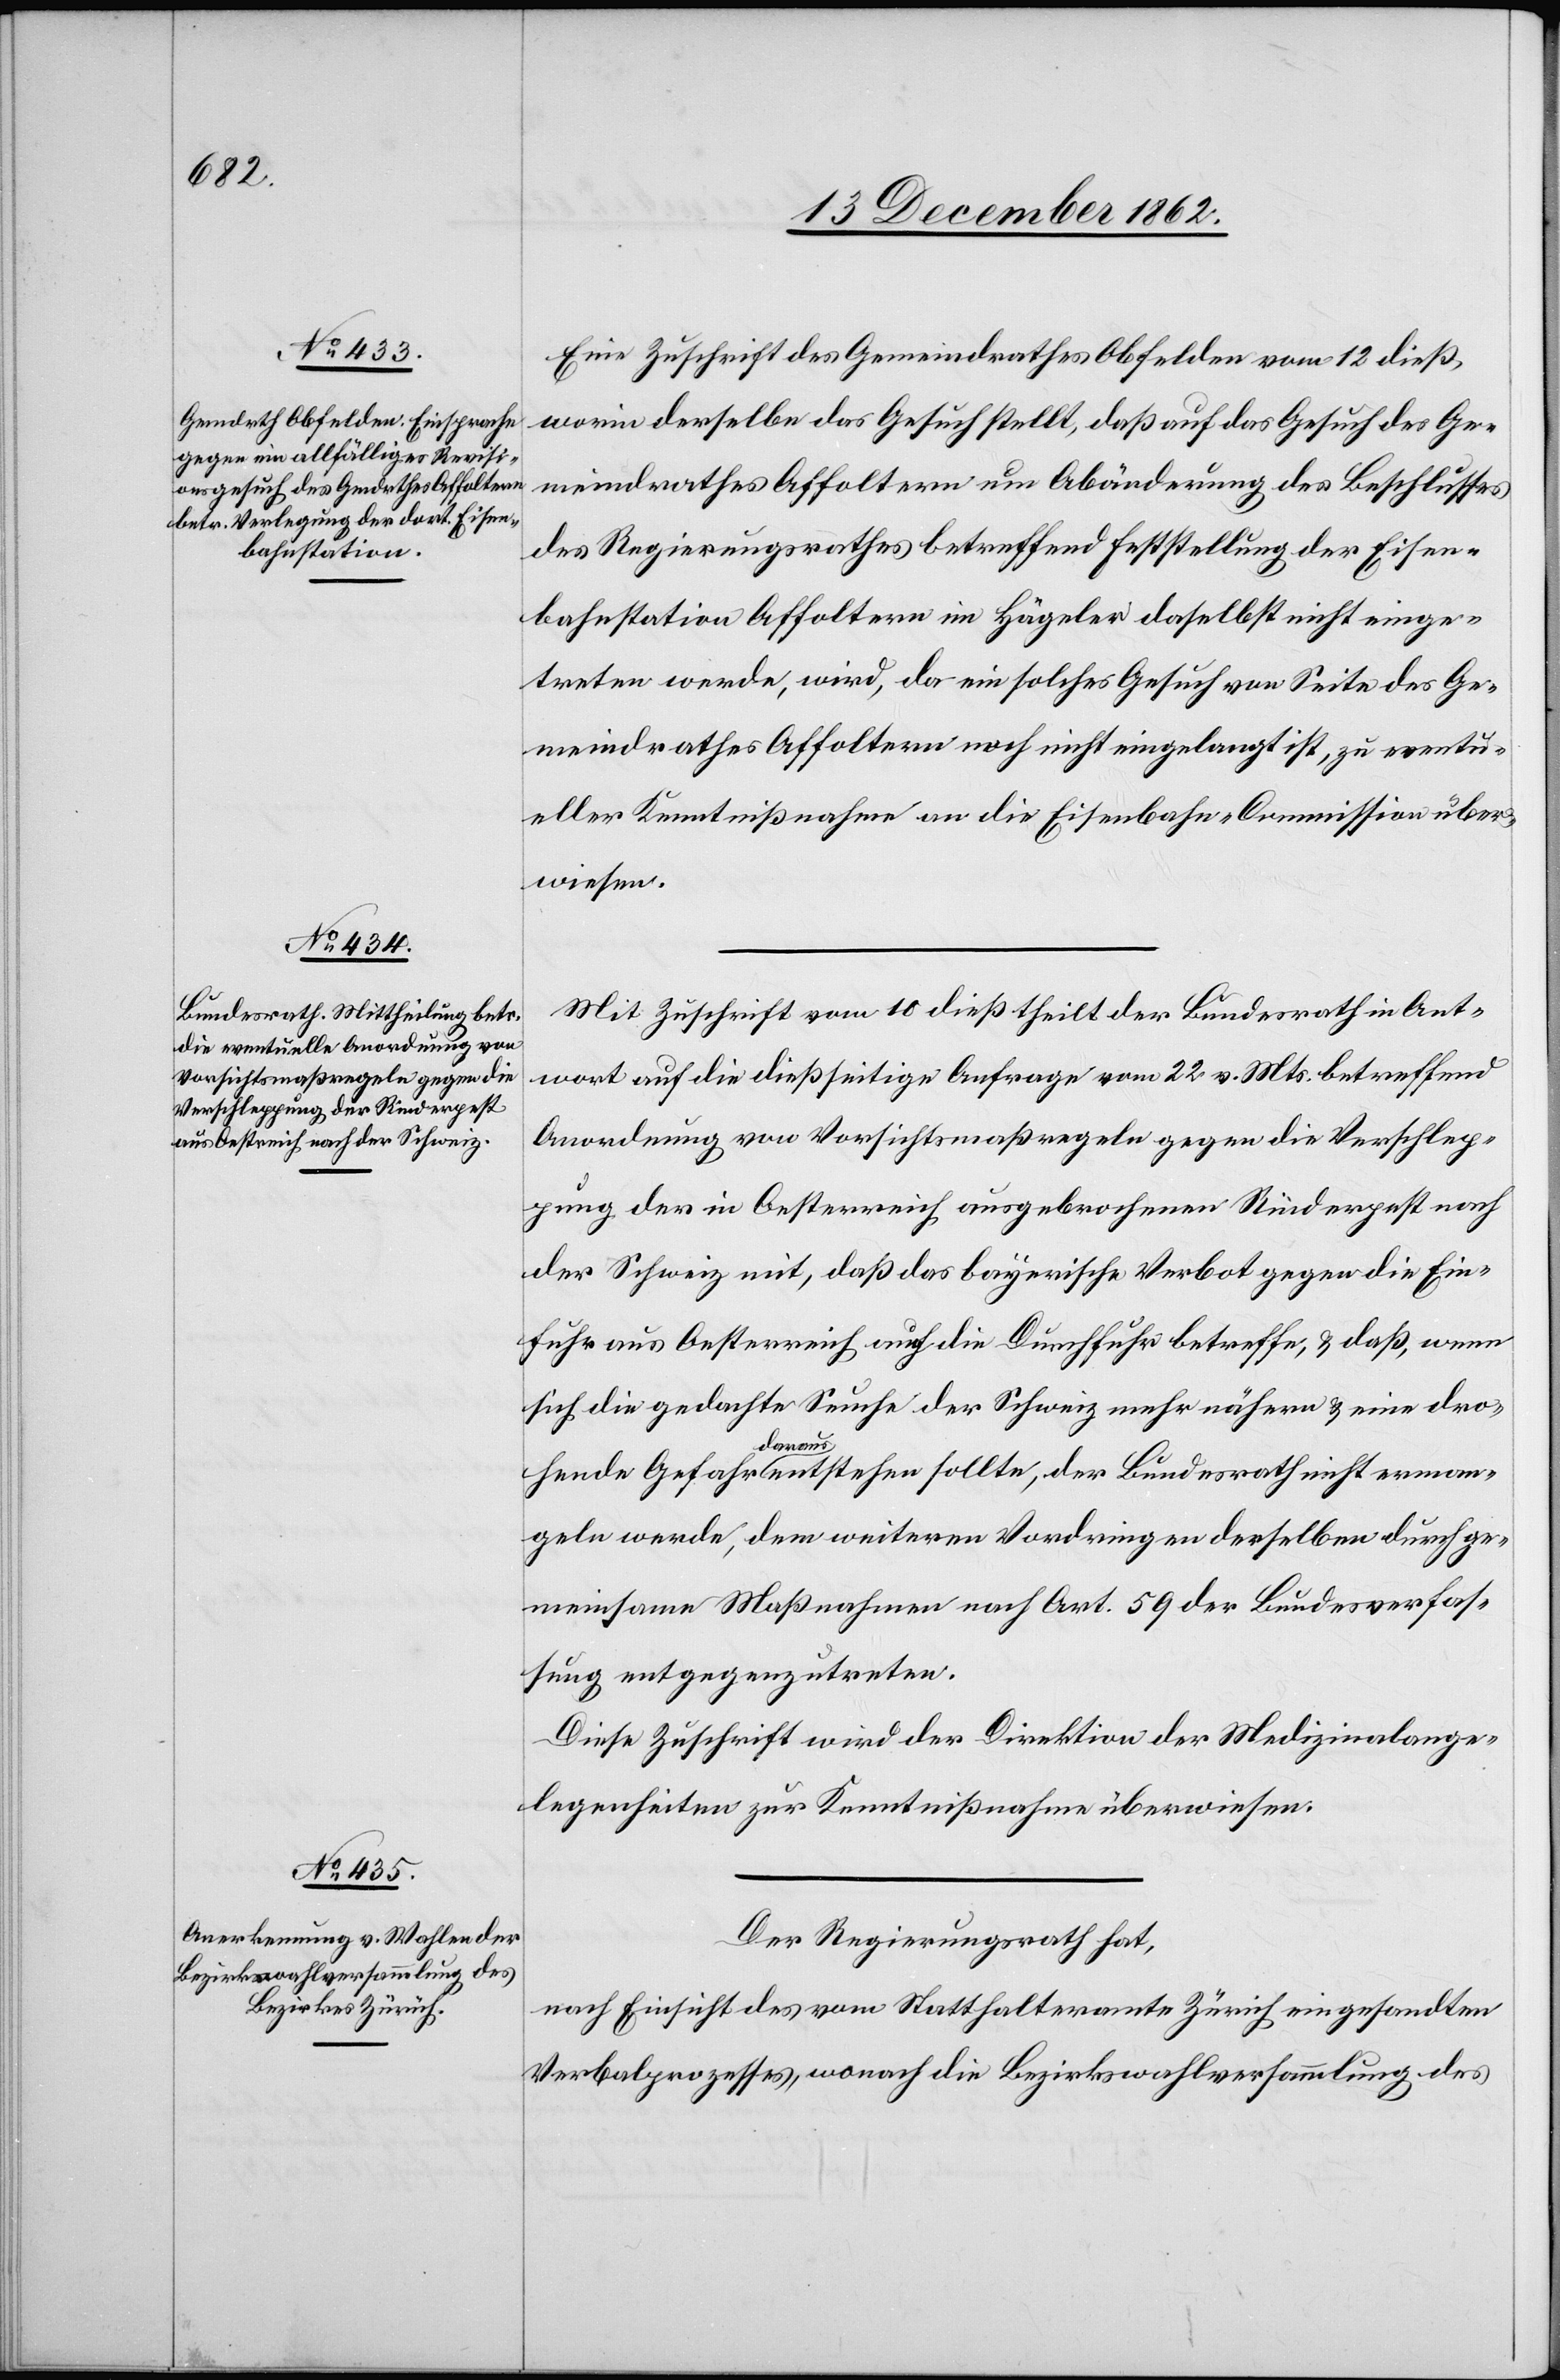
Eine Zuschrift des Gemeindrathes Obfelden vom 12. dieß,
worin derselbe das Gesuch stellt, daß auf das Gesuch des Ge¬
meindrathes Affoltern um Abänderung des Beschlusses
des Regierungsrathes betreffend Feststellung der Eisen¬
bahnstation Affoltern im Hägeler daselbst nicht einge¬
treten werde, wird, da ein solches Gesuch von Seite des Ge¬
meindrathes Affoltern noch nicht eingelangt ist, zu eventu¬
eller Kenntnißnahme an die Eisenbahn-Commission über¬
wiesen.
Mit Zuschrift vom 10. dieß theilt der Bundesrath in Ant¬
wort auf die dießseitige Anfrage vom 22. v. Mts. betreffend
Anordnung von Vorsichtsmaßregeln gegen die Verschlep¬
pung der in Oesterreich ausgebrochenen Rinderpest nach
der Schweiz mit, da das bayerische Verbot gegen die Ein¬
fuhr aus Oesterreich auch die Durchfuhr betreffe, u. daß, wenn
sich die gedachte Seuche der Schweiz mehr nähern u. eine dro¬
hende Gefahr daraus entstehen sollte, der Bundesrath nicht erman¬
geln werde, dem weiteren Vordringen derselben durch ge¬
meinsame Maßnahem nach Art. 59 der Bundesverfas¬
sung entgegenzutreten.
Diese Zuschrift wird der Direktion der Medizinalange¬
legenheiten zur Kenntnißnahme überwiesen.
Der Regierungsrath hat,
nach Einsicht vom Statthalteramte Zürich eingesandten
Verbalprozesses, wonach die Bezirkswahlversammlung des